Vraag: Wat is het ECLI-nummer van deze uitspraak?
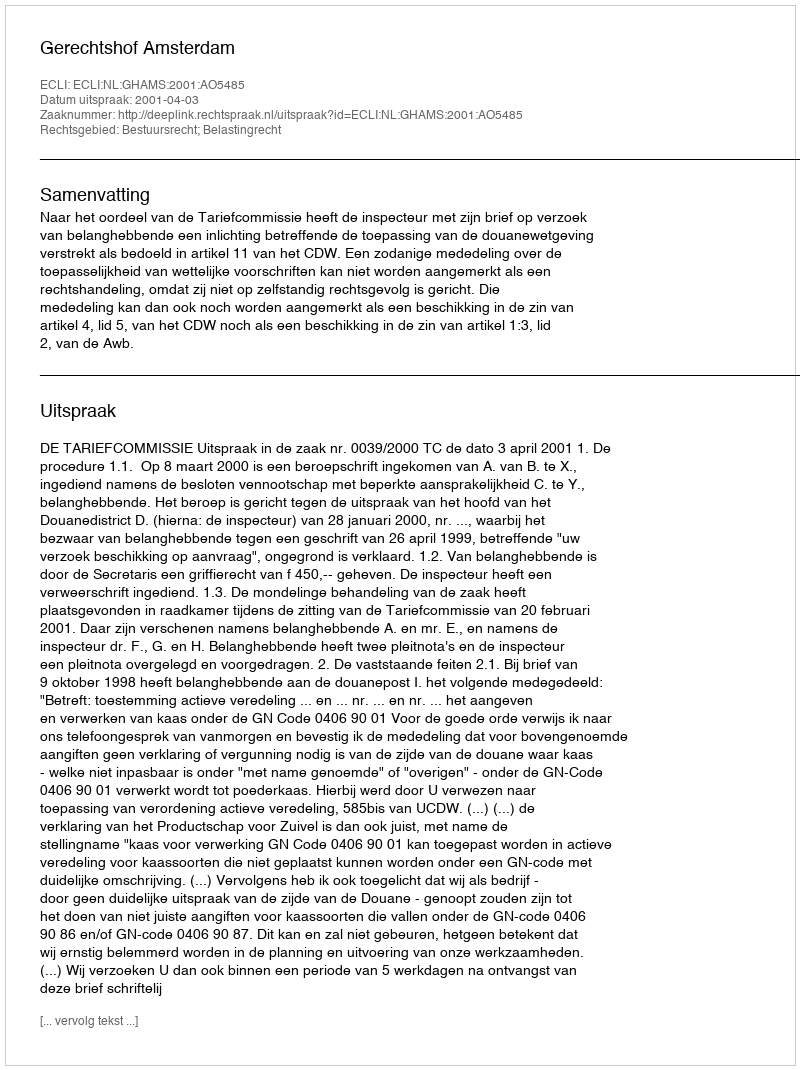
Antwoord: ECLI:NL:GHAMS:2001:AO5485